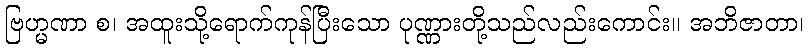
ဗြဟ္မဏာ စ၊ အထူးသို့ရောက်ကုန်ပြီးသော ပုဏ္ဏားတို့သည်လည်းကောင်း။ အဘိဇာတာ၊